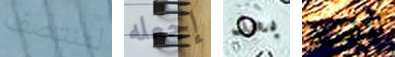
لمنتصف إجعله بعد لنفسه